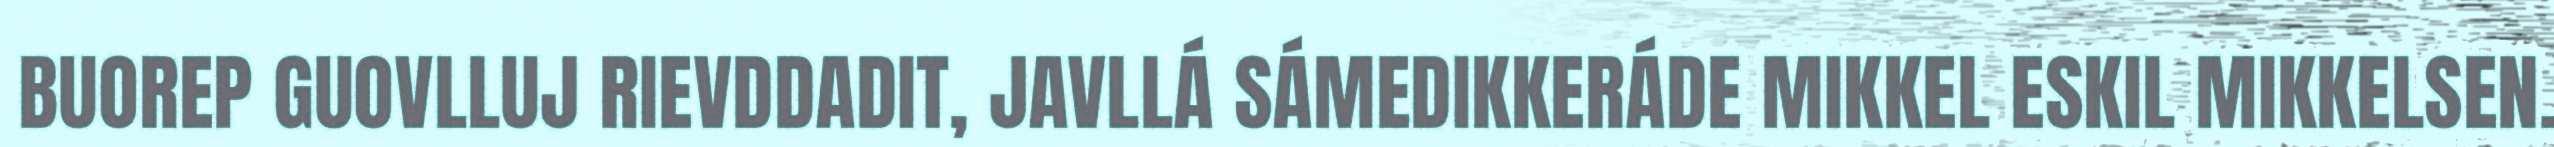
BUOREP GUOVLLUJ RIEVDDADIT, JAVLLÁ SÁMEDIKKERÁDE MIKKEL ESKIL MIKKELSEN.